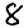
Digit: 8